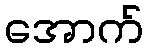
အောက်